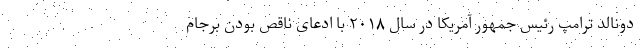
دونالد ترامپ رئیس جمهور آمریکا در سال ۲۰۱۸ با ادعای ناقص بودن برجام